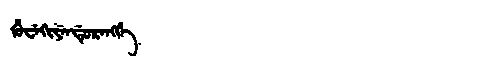
Manchu: ᡥᡠᠸᡝᡴᡳᠶᡝᠨᡩᡠᡵᡝᠩᡤᡝ
Romanization: HUWEKIYENDURENGGE